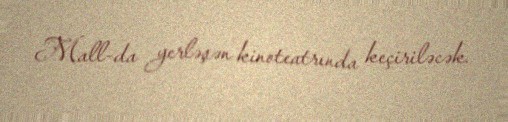
Mall-da yerləşən kinoteatrında keçiriləcək.